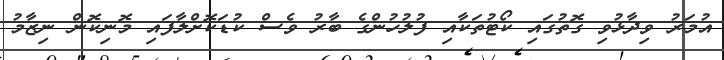
އުމަރު ވިދާޅުވި ގޮތުގައި ކޯޓުތަކާއި ފުލުހުންގެ ބާރު ވެސް ކުޑަކޮށްލާފައި މޮނިކޮން ނިޒާމު